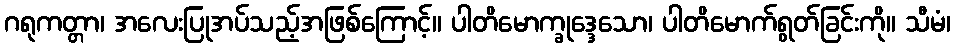
ဂရုကတ္တာ၊ အလေးပြုအပ်သည့်အဖြစ်ကြောင့်။ ပါတိမောက္ခုဒ္ဒေသော၊ ပါတိမောက်ရွတ်ခြင်းကို။ သီမံ၊